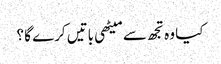
کیا وہ تجھ سے میٹھی باتیں کرے گا ؟